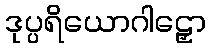
ဒုပ္ပရိယောဂါဠှော